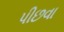
પીછવા